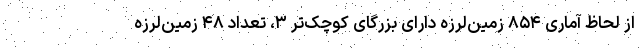
از لحاظ آماری ۸۵۴ زمین‌لرزه دارای بزرگای کوچک‌تر ۳، تعداد ۴۸ زمین‌لرزه